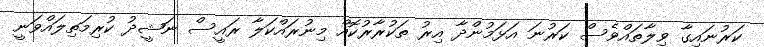
ކަރުނައިގާ ވިލާތައްވެސް ކަރުނަ އަޅަމުންދާ އިރު ތަކުރާރުކޮއް މިނުރައްކަލާ ރައީސް ނަޝީދު ކުރިމަތިލައްވަނީ